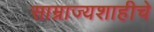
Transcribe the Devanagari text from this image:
साम्राज्यशाहीचे